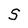
Character: S